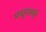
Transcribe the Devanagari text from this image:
मधुरजनी